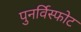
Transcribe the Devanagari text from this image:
पुनर्विस्फोट